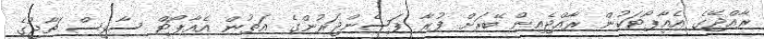
ރާއްޖޭގެ އެއާޕޯޓަކުން ރާއްޖެއިން ބޭރަށް ފުރާ ޕަސެންޖަރުންގެ އަތުން އެއާޕޯޓް ސާވިސް ޗާޖުގެ